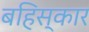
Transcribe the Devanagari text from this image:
बहिस्कार